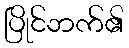
ပြိုင်ဘက်၏